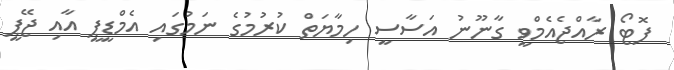
ފޮޓޯ ރާއްޖެއެމްވީ ގާނޫނު އަސާސީ ހިމާޔަތް ކުރުމުގެ ނަމުގައި އެމްޑީޕީ އާއި ޖޭޕީ